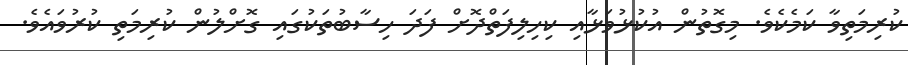
ކުރިމަތިވާ ކަމެކެވެ. މިގޮތުން އުކުޅުވަޅާއި ކިހިލިފަތްދޮށް ފަދަ ހިސާބުތަކުގައި ގޮށްލުން ކުރިމަތި ކުރުވައެވެ.